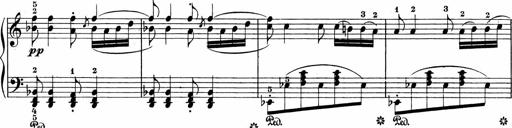
Title: 3 Sonatinas
Composer: Carl Reinecke